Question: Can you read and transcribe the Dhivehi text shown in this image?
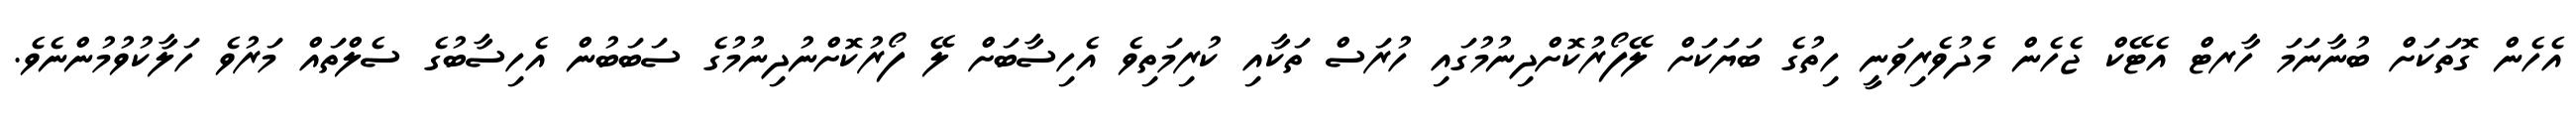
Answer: އެހެން ގޮތަކަށް ބުނާނަމަ ހާރޓް އެޓޭކް ޖެހެން މެދުވެރިވަނީ ހިތުގެ ބަޔަކަށް ލޭފޯރުކޮށްދިނުމުގައި ހުރަސް ތަކާއި ކުރިމަތިވެ އެހިސާބަށް ލޭ ފޯރުކޮށްނުދިނުމުގެ ސަބަބުން އެހިސާބުގެ ސެލްތައް މަރުވެ ހަލާކުވުމުންނެވެ.